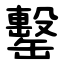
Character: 罊